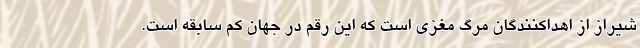
شیراز از اهداکنندگان مرگ مغزی است که این رقم در جهان کم سابقه است.